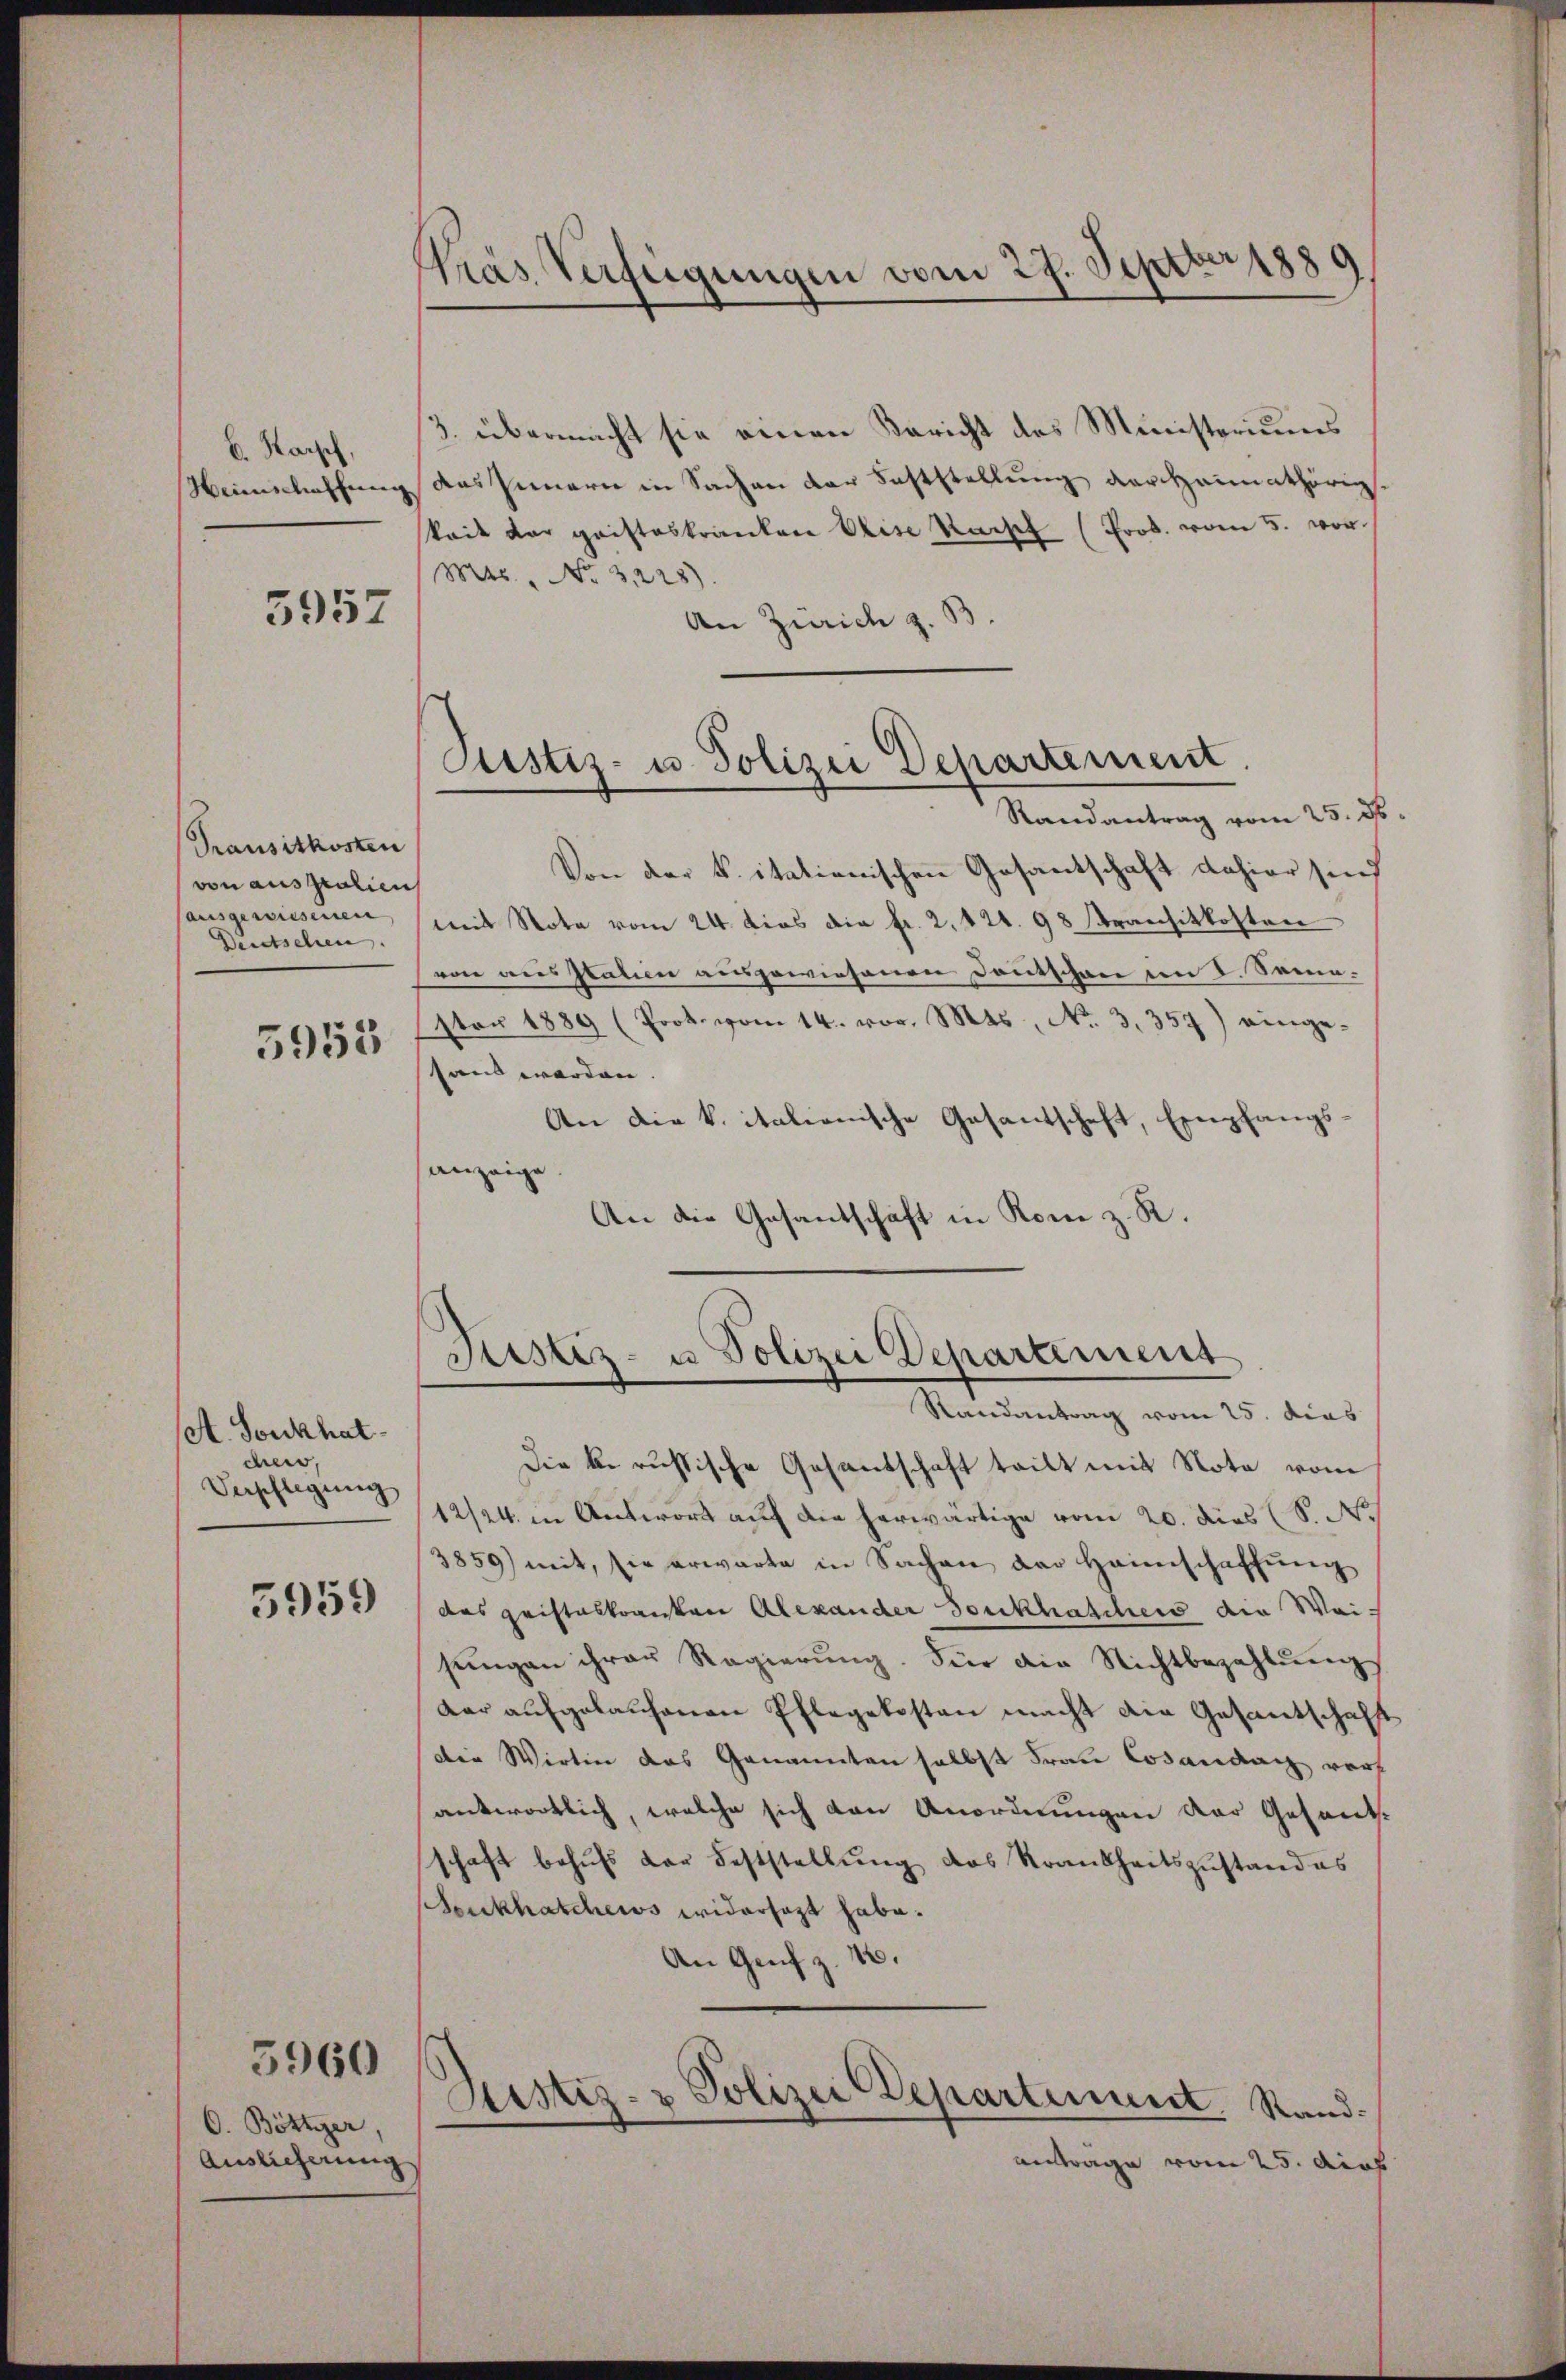
B. Kaisch,

5957

Transitkosten
von ausgralien
(ausgewiesenen,
Deutschen.

5953

A. Sonkhat.
chen,
Verpflegung

5959

5960

O. Böttier,
Auslieferung

Kras Verfügungen vom 27. Septber 1889

3. übermacht sie einen Bericht des Ministeriums
Weinschaffung das Innern in Sachen der Feststellung der Heimathörig.
kait der gaisteskranken Elise Raist (Prob. vom 5. vor.
Mts. No. 3228).
An Zürich z. B.

Justiz- u. Polizei Departement.

Justiz- u Polizei Departement
Randantrag vom 25. dies

Randantrag vom 25. ds.
Von der k. itationischen Gosantschaft dahier sind
mit Nota vom 24. dies die fr. 2. 121. 98 stransitkosten
von ausstatien ausgewiesenen Deutschen im I. Seme¬
Ester 1889 (Prot. vom 14. vor. Mts., Nr. 3357) eingesand werden. |
An die k. italienische Gesantschaft, Empfangsanzeige
An die Gesandschaft in Rom z. R.

Die k. russische Gesandschaft teilt mit Nota vom
12/24. in Antwort auf die herwärtige vom 20. dies (S. N
3859) mit, sie erwarte in Sachen der Heimschaffŭng
das gristeskranken Alexander Seukhaschers die Waisŭngen ihrer Regierŭng. Für die Nichtbezahlungs
dar aufgelaufenen Pflegekosten macht die Gesantschafft
Die Wirtin das Genannten selbst Frau Cosandach vorh
antwortlich, welche sich den Anordnungen der Gesandschaft behŭfs der Feststellŭng des Krankheitszŭstand es
Soukhatchews widersagt habe.
An Genf z. 16.
Zustiz- & Polizei Departement. Randantrage vom 25. Auch